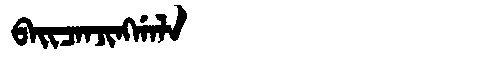
Manchu: ᠪᠠᡳᠴᠠᠨᠵᡳᠩᡤᠠᠯᠠ
Romanization: BAICANJINGGALA